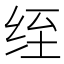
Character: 绖